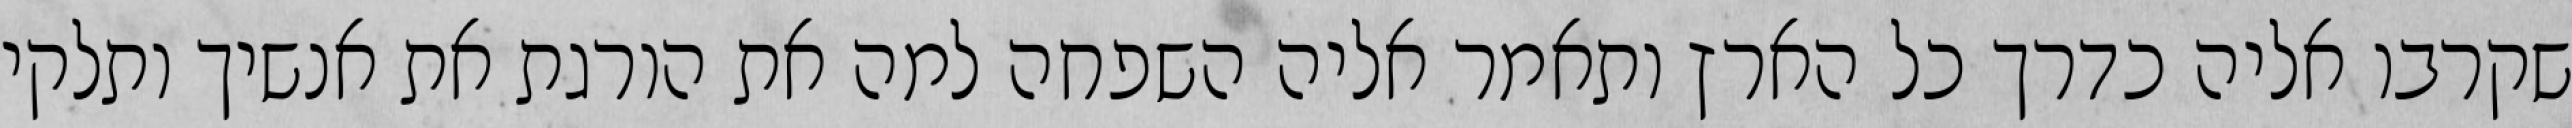
שקרבו אליה כדרך כל הארץ ותאמר אליה השפחה למה את הורגת את אנשיך ותלקי